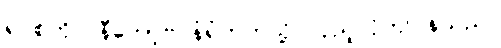
ရပ်စ်ကိုလ်နီကော့ဗ် နံရံဘက်သို့ လှည့်လိုက်ပြန်သည်။